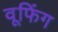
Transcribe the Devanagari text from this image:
वूफिंग